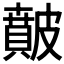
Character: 𥀢